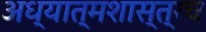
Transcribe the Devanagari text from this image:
अध्यात्मशास्त्रच